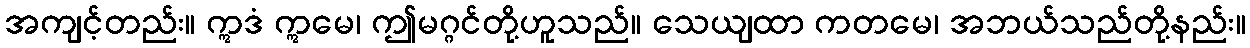
အကျင့်တည်း။ ဣဒံ ဣမေ၊ ဤမဂ္ဂင်တို့ဟူသည်။ သေယျထာ ကတမေ၊ အဘယ်သည်တို့နည်း။